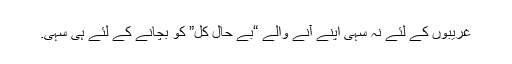
غریبوں کے لئے نہ سہی اپنے آنے والے “بے حال کل” کو بچانے کے لئے ہی سہی.